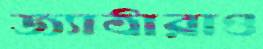
জ্যাঠারাও